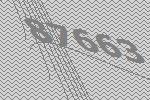
87663